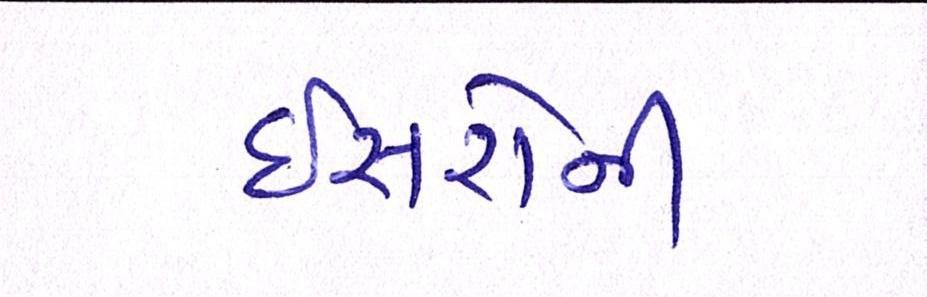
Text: ઇસરોની